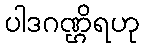
ပါဒဂဏ္ဌိရဟု